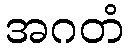
အဂတံ